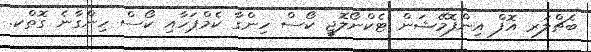
ބެޗްލަރ އޮފް އިންފޮމޭޝަން ޓެކްނޯލޮޖީ ކޯސް ހިންގާ ކެމްޕަހާއި ކޯސް ހިންގާނެ ގޮތްކ.